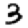
Digit: 3